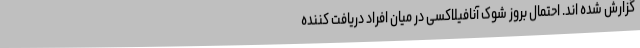
گزارش شده اند. احتمال بروز شوک آنافیلاکسی در میان افراد دریافت کننده